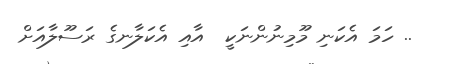
.. ހަމަ އެކަނި މޫމިނުންނަކީ  އާއި އެކަލާނގެ ރަސޫލާއަށް